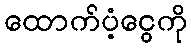
ထောက်ပံ့ငွေကို